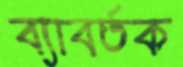
ব্যাবর্তক